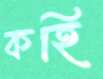
কহি